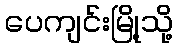
ပေကျင်းမြို့သို့